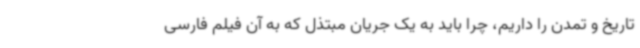
تاریخ و تمدن را داریم، چرا باید به یک جریان مبتذل که به آن فیلم فارسی